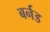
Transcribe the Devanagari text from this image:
बर्नड